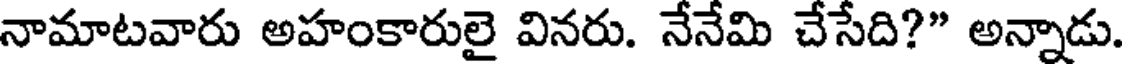
నామాటవారు అహంకారులై వినరు. నేనేమి చేసేది?" అన్నాడు.